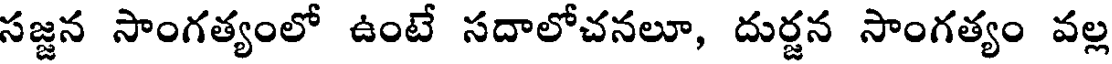
సజ్జన సాంగత్యంలో ఉంటే సదాలోచనలూ, దుర్జన సాంగత్యం వల్ల